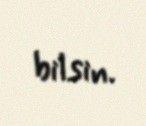
bilsin.